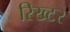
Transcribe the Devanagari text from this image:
रिख्टर